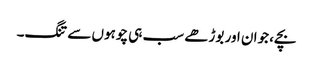
بچے، جوان اور بوڑھے سب ہی چوہوں سے تنگ۔